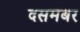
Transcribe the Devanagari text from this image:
दसमबर